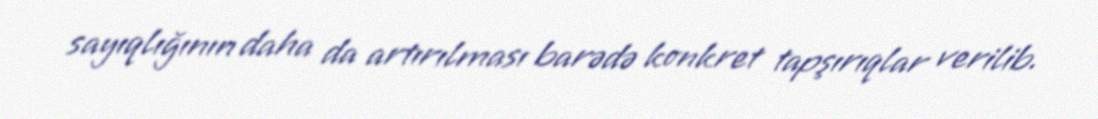
sayıqlığının daha da artırılması barədə konkret tapşırıqlar verilib.